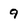
Character: 9